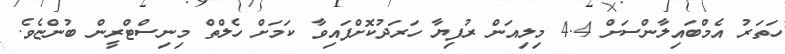
ހަތަރު އެމްބައިލާންސަށް 4.4 މިލިއަން ރުފިޔާ ހަރަދުކޮށްފައިވާ ކަމަށް ހެލްތް މިނިސްޓްރީން ބުންޏެެވެ.